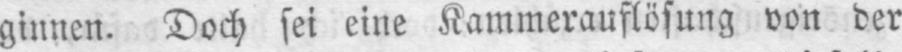
ginnen. Doch sei eine Kammerauflösung von der